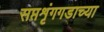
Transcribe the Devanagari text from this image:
सप्तशृंगगडाच्या